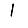
Digit: 1